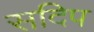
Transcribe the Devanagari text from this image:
सदिप